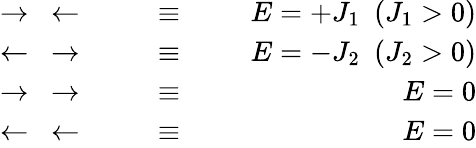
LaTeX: \begin{array}{rlr}{\rightarrow~\leftarrow~~~~~~}&{\equiv}&{~~~~~~E=+J_{1}~~(J_{1}>0)}\\ {\leftarrow~\rightarrow~~~~~~}&{\equiv}&{~~~~~~E=-J_{2}~~(J_{2}>0)}\\ {\rightarrow~\rightarrow~~~~~~}&{\equiv}&{~~~~~~E=0}\\ {\leftarrow~\leftarrow~~~~~~}&{\equiv}&{~~~~~~E=0}\end{array}